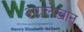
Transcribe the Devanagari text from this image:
अग्रलेखान